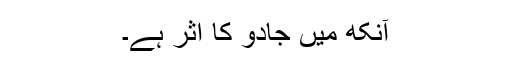
آنکھ میں جادو کا اثر ہے۔